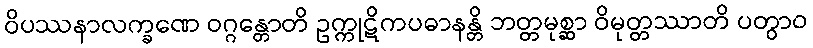
ဝိပဿနာလက္ခဏေ ဝဂ္ဂန္တောတိ ဥက္ကုဋိကပဓာနန္တိ ဘတ္တမုစ္ဆာ ဝိမုတ္တဿာတိ ပတွာဝ